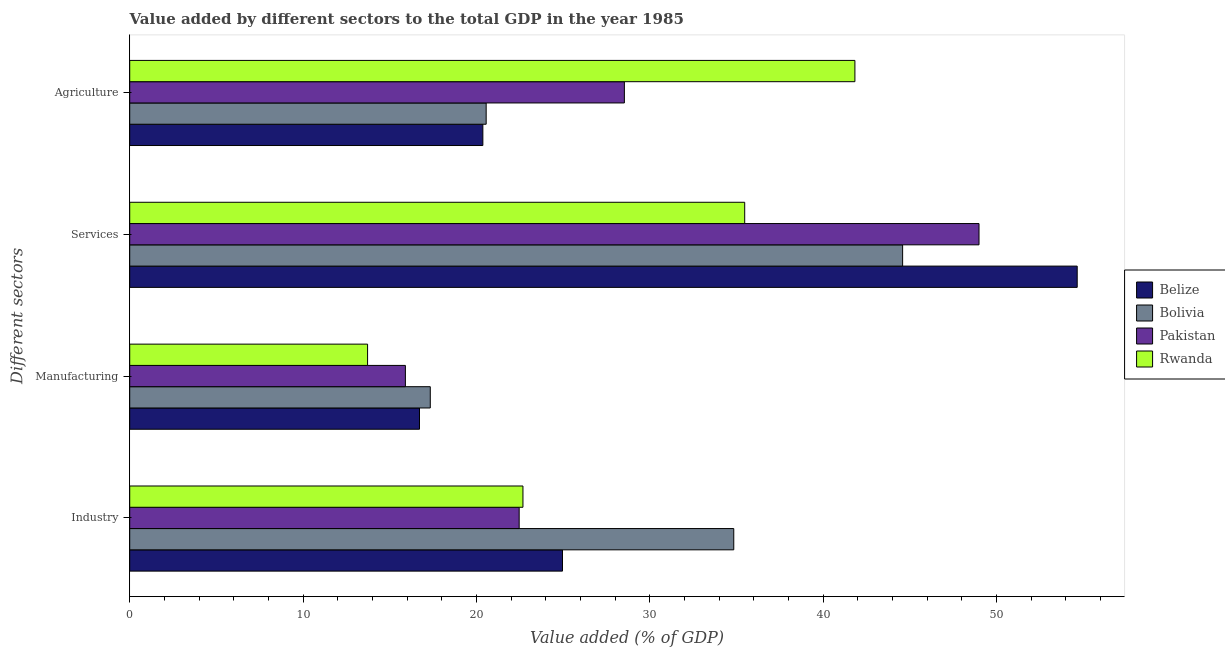
| Different sectors | Belize | Bolivia | Pakistan | Rwanda |
 | --- | --- | --- | --- | --- |
 | Industry | 25 | 34.8 | 22.5 | 22.7 |
 | Manufacturing | 16.7 | 17.3 | 15.9 | 13.7 |
 | Services | 54.7 | 44.6 | 49 | 35.5 |
 | Agriculture | 20.4 | 20.6 | 28.5 | 41.8 |